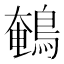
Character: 鵪